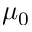
\mu _ { 0 }